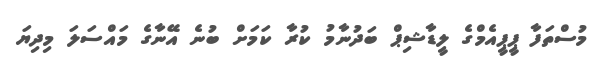
މުސްތަފާ ޕީޕީއެމްގެ ލީޑާޝިޕް ބަދުނާމު ކުރާ ކަމަށް ބުނެ އޭނާގެ މައްސަލަ މިދިޔަ